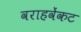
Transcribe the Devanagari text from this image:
वराहवेंकट